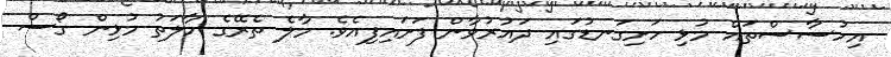
އިހުސާސްތައް މުޅި ހަށިގަނޑުގައި ދައުރުވާން ފަށައިފިއެވެ. މާލެ ތެރޭގެ ހާލަތު މުޅިން ގޯސް